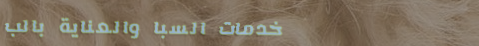
خدمات السبا والعناية بالب